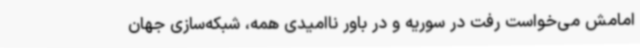
امامش می‌خواست رفت در سوریه و در باور ناامیدی همه، شبکه‌سازی جهان